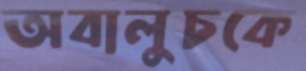
অবালুচকে